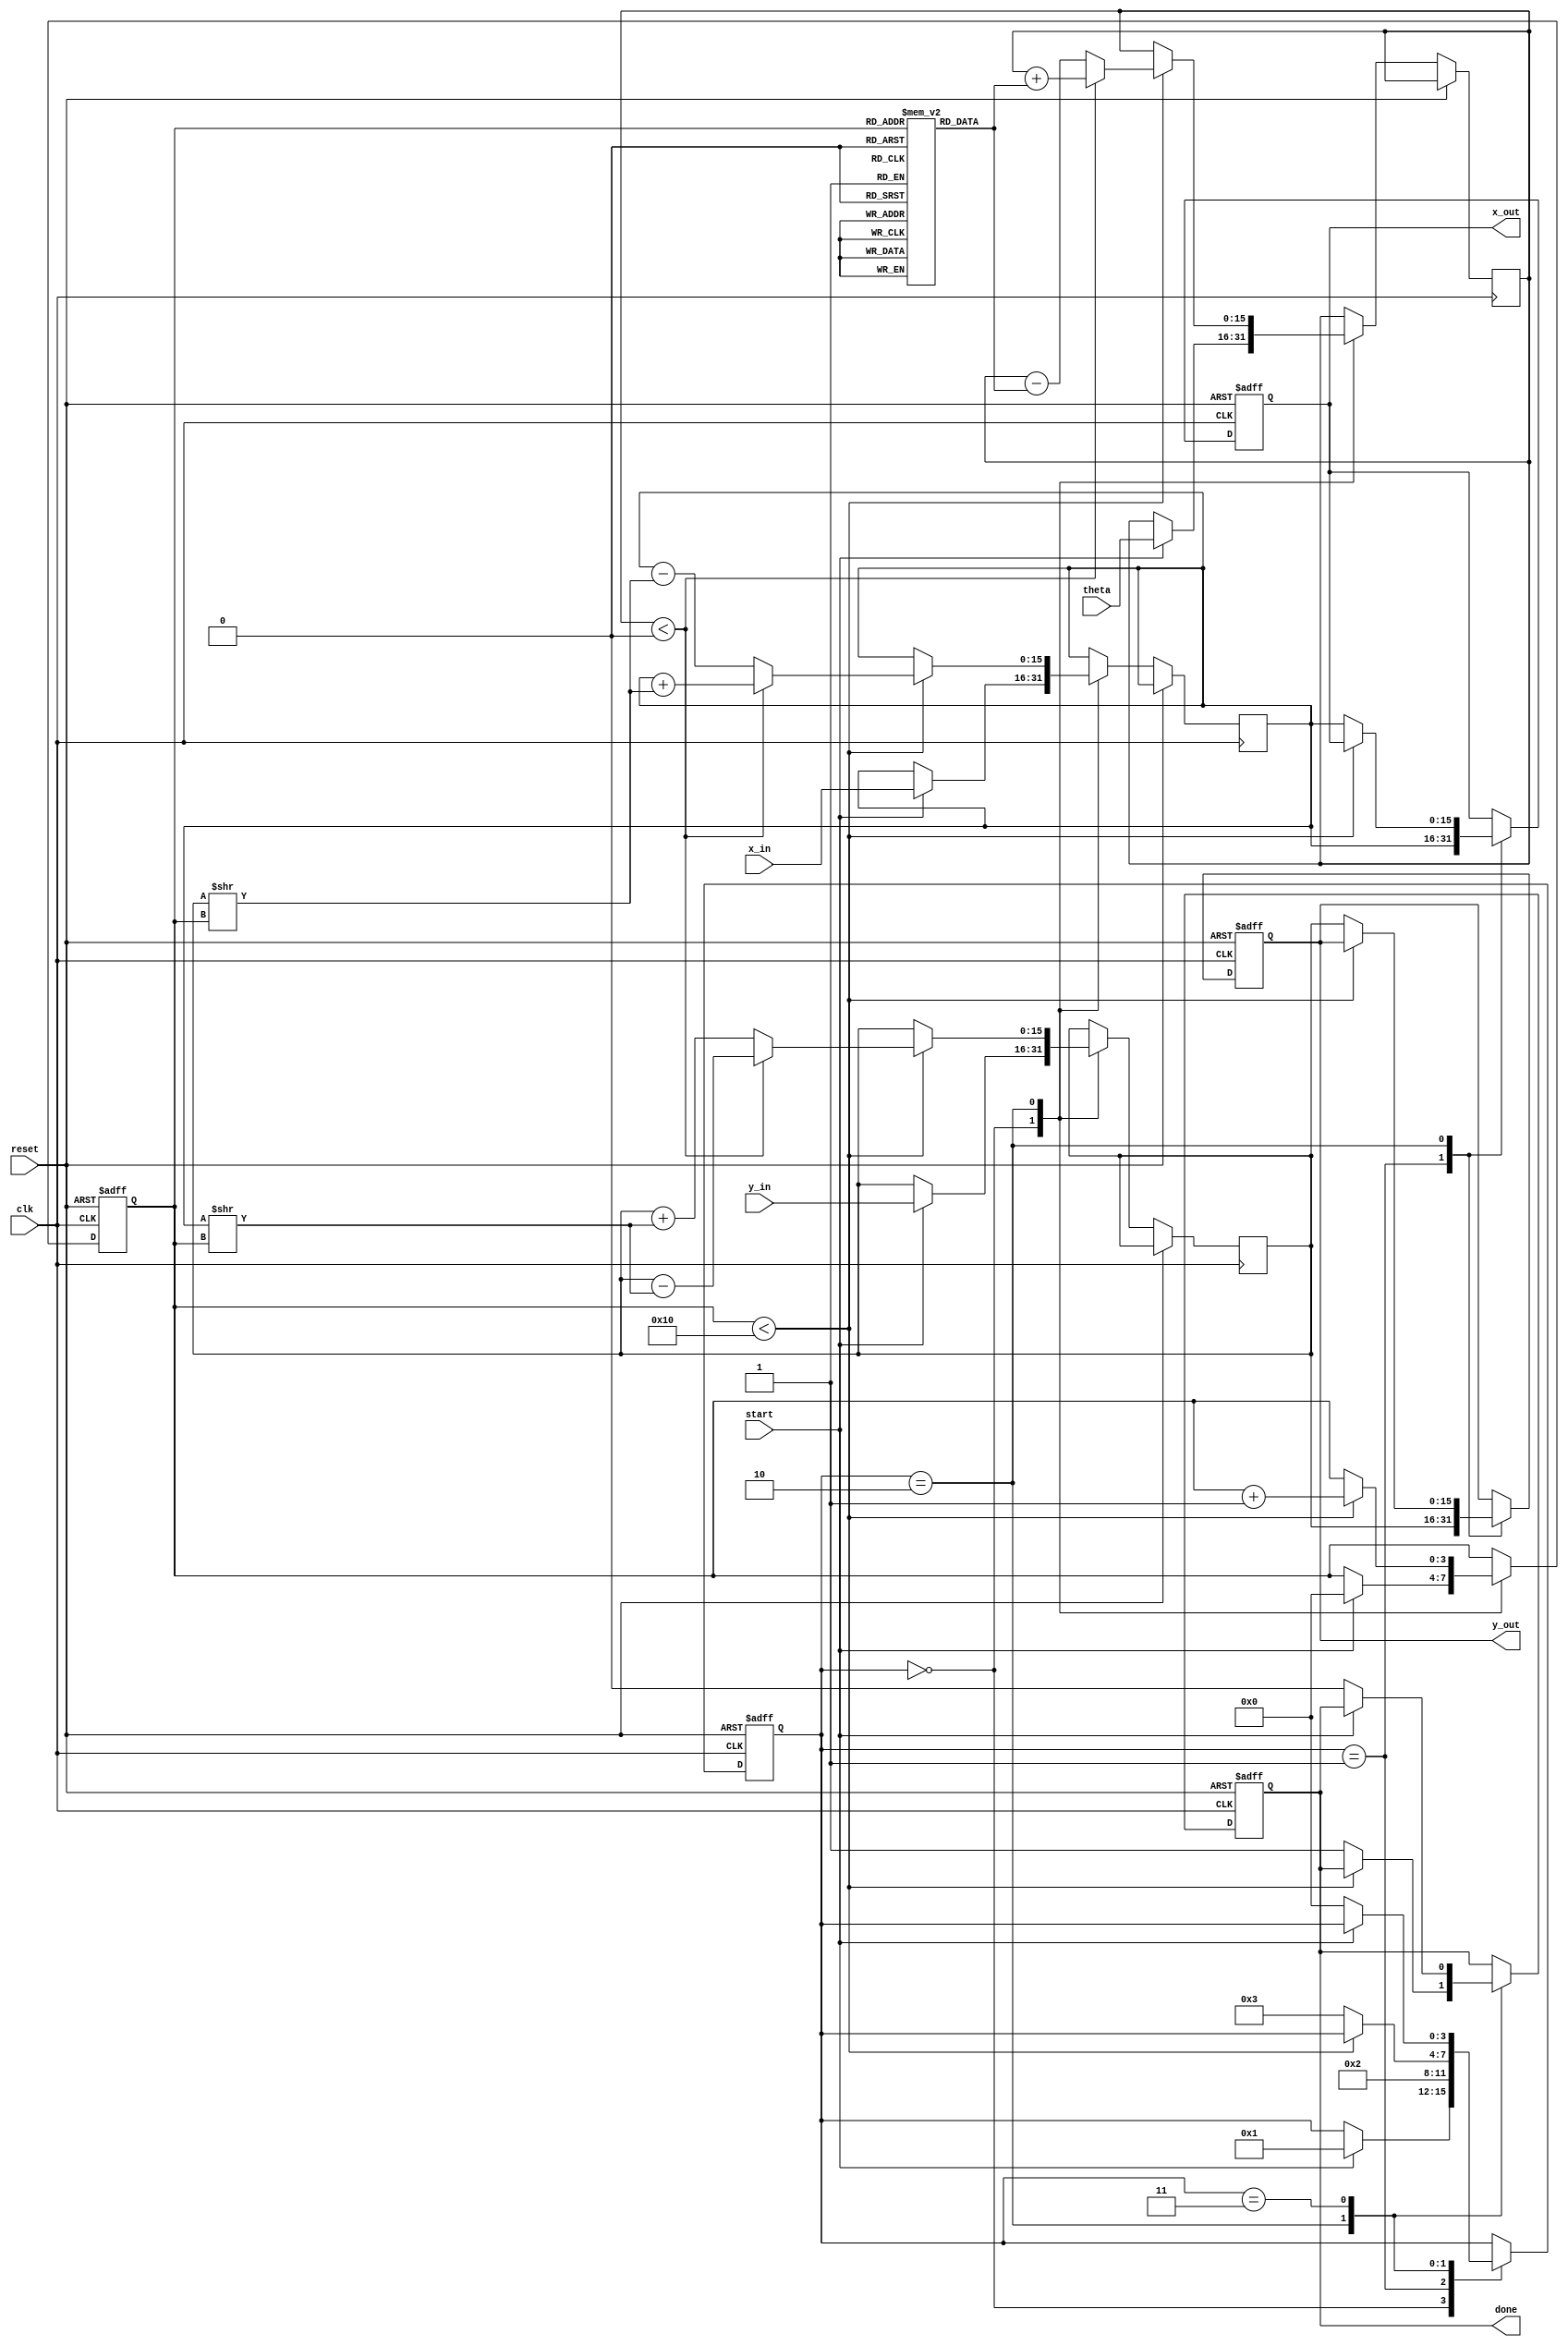
module cordic (
    input wire clk,
    input wire reset,
    input wire start,
    input wire [15:0] theta, // Angle input (fixed-point representation)
    input wire [15:0] x_in,  // X input vector
    input wire [15:0] y_in,  // Y input vector
    output reg [15:0] x_out, // Resultant X output vector
    output reg [15:0] y_out, // Resultant Y output vector
    output reg done          // Status signal
);

    // CORDIC parameters
    parameter NUM_ITERATIONS = 16;
    reg [15:0] angle_table [0:NUM_ITERATIONS-1]; // Precomputed angles
    reg [15:0] x, y, z; // Internal registers for X, Y, and angle
    reg [3:0] state; // FSM state
    reg [3:0] iteration; // Iteration counter

    // Initialize angle table (in fixed-point format)
    initial begin
        angle_table[0] = 16'h0000; // atan(2^0)
        angle_table[1] = 16'h26DD; // atan(2^-1)
        angle_table[2] = 16'h1C71; // atan(2^-2)
        angle_table[3] = 16'h14AE; // atan(2^-3)
        angle_table[4] = 16'h0D8E; // atan(2^-4)
        angle_table[5] = 16'h0A3D; // atan(2^-5)
        angle_table[6] = 16'h0519; // atan(2^-6)
        angle_table[7] = 16'h028B; // atan(2^-7)
        angle_table[8] = 16'h0142; // atan(2^-8)
        angle_table[9] = 16'h00A1; // atan(2^-9)
        angle_table[10] = 16'h0051; // atan(2^-10)
        angle_table[11] = 16'h0028; // atan(2^-11)
        angle_table[12] = 16'h0014; // atan(2^-12)
        angle_table[13] = 16'h000A; // atan(2^-13)
        angle_table[14] = 16'h0005; // atan(2^-14)
        angle_table[15] = 16'h0002; // atan(2^-15)
    end

    // FSM states
    localparam IDLE = 4'b0000;
    localparam INIT = 4'b0001;
    localparam ITERATE = 4'b0010;
    localparam DONE = 4'b0011;

    // Sequential logic for FSM and CORDIC iterations
    always @(posedge clk or posedge reset) begin
        if (reset) begin
            state <= IDLE;
            done <= 0;
            iteration <= 0;
            x_out <= 0;
            y_out <= 0;
        end else begin
            case (state)
                IDLE: begin
                    if (start) begin
                        x <= x_in;
                        y <= y_in;
                        z <= theta;
                        iteration <= 0;
                        state <= INIT;
                    end
                end

                INIT: begin
                    // Initialize outputs
                    x_out <= x;
                    y_out <= y;
                    state <= ITERATE;
                end

                ITERATE: begin
                    if (iteration < NUM_ITERATIONS) begin
                        if (z < 0) begin
                            // Rotate clockwise
                            x <= x + (y >> iteration);
                            y <= y - (x >> iteration);
                            z <= z + angle_table[iteration];
                        end else begin
                            // Rotate counter-clockwise
                            x <= x - (y >> iteration);
                            y <= y + (x >> iteration);
                            z <= z - angle_table[iteration];
                        end
                        iteration <= iteration + 1;
                    end else begin
                        // Finished iterations
                        x_out <= x;
                        y_out <= y;
                        done <= 1;
                        state <= DONE;
                    end
                end

                DONE: begin
                    // Wait for reset or new start signal
                    if (!start) begin
                        state <= IDLE;
                        done <= 0;
                    end
                end
            endcase
        end
    end
endmodule